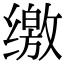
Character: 缴